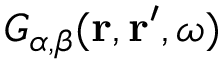
G _ { \alpha , \beta } ( \mathbf { r } , \mathbf { r } ^ { \prime } , \omega )